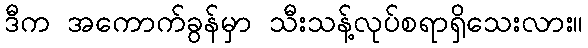
ဒီက အကောက်ခွန်မှာ သီးသန့်လုပ်စရာရှိသေးလား။